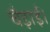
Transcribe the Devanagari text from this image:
चैड़ाई।